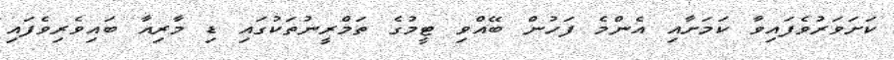
ކަށަވަރުވެފައިވާ ކަމަށާއި އެންމެ ފަހުން ބޭއްވި ޓީމުގެ ތަމްރީނުތަކުގައި ޑި މާރިއާ ބައިވެރިވެފައި